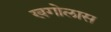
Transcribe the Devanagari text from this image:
खगोलास